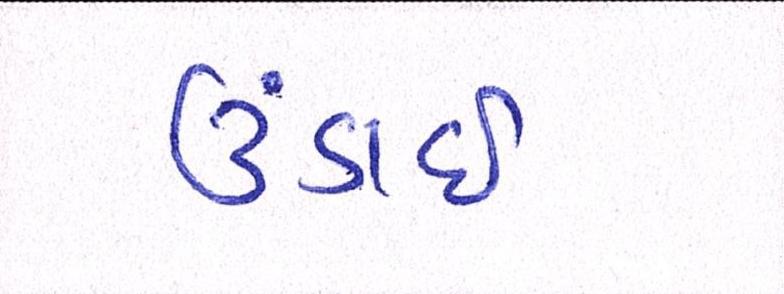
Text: ઉંડાઈ